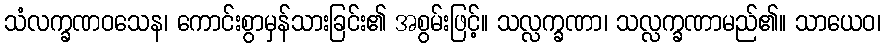
သံလက္ခဏဝသေန၊ ကောင်းစွာမှန်သားခြင်း၏ အစွမ်းဖြင့်။ သလ္လက္ခဏာ၊ သလ္လက္ခဏာမည်၏။ သာယေဝ၊